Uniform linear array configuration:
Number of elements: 12
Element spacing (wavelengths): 1
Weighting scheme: cosine
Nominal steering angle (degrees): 60
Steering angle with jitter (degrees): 58.108
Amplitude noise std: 0.05
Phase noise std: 0.05

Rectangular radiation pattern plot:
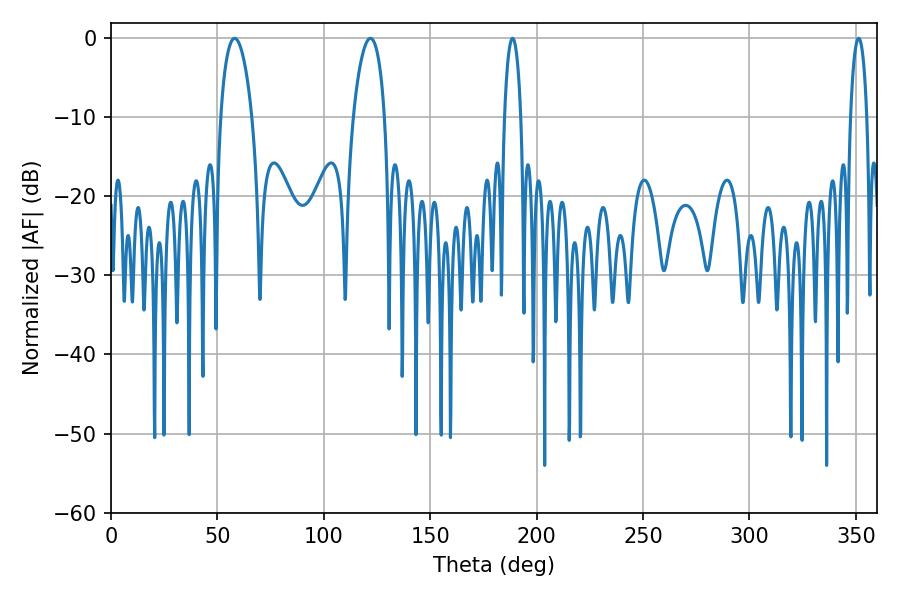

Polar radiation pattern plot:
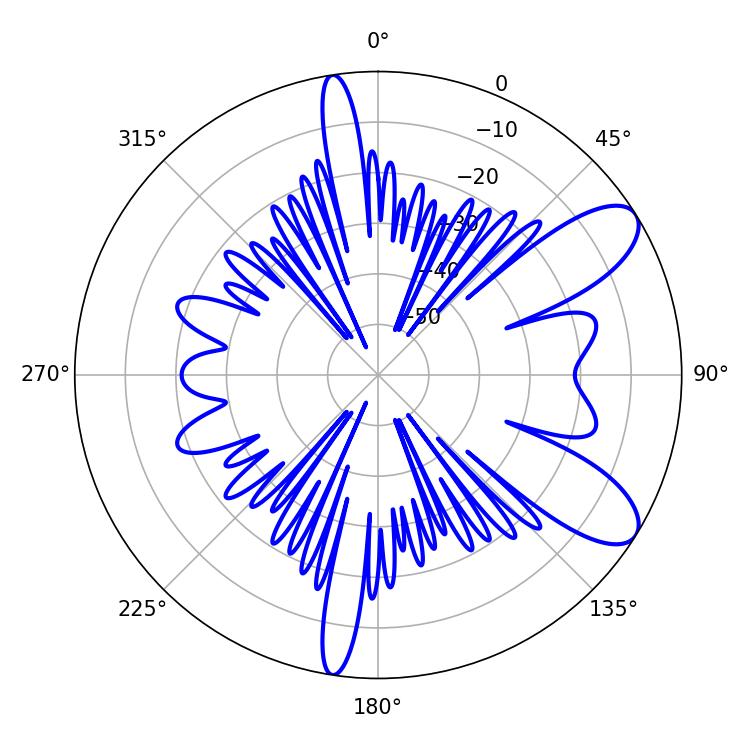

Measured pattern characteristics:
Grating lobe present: TRUE
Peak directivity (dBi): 9.171
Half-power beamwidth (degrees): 8.28
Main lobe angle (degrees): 58.14